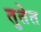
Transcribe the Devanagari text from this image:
तुतेत